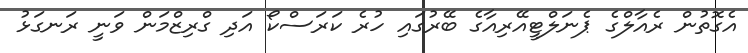
އެގޮތުން ރެއާލްގެ ޕެނަލްޓީއޭރިއާގެ ބޭރުގައި ހުރެ ކަރަސްކޯ އަދި ގްރިޒްމަން ވަނީ ރަނގަޅު